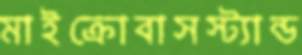
মাইক্রোবাসস্ট্যান্ড